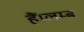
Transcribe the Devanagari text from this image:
हैं।लम्ब